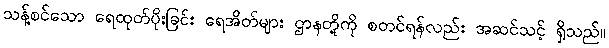
သန့်စင်သော ရေထုတ်ပိုးခြင်း ရေအိတ်များ ဌာနတို့ကို စတင်ရန်လည်း အဆင်သင့် ရှိသည်။